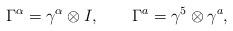
LaTeX: \begin{align*}\Gamma^{\alpha} = \gamma^{\alpha} \otimes I , \ \ \ \ \ \ \Gamma^a = \gamma^5 \otimes \gamma^a , \end{align*}